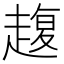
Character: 𧼱